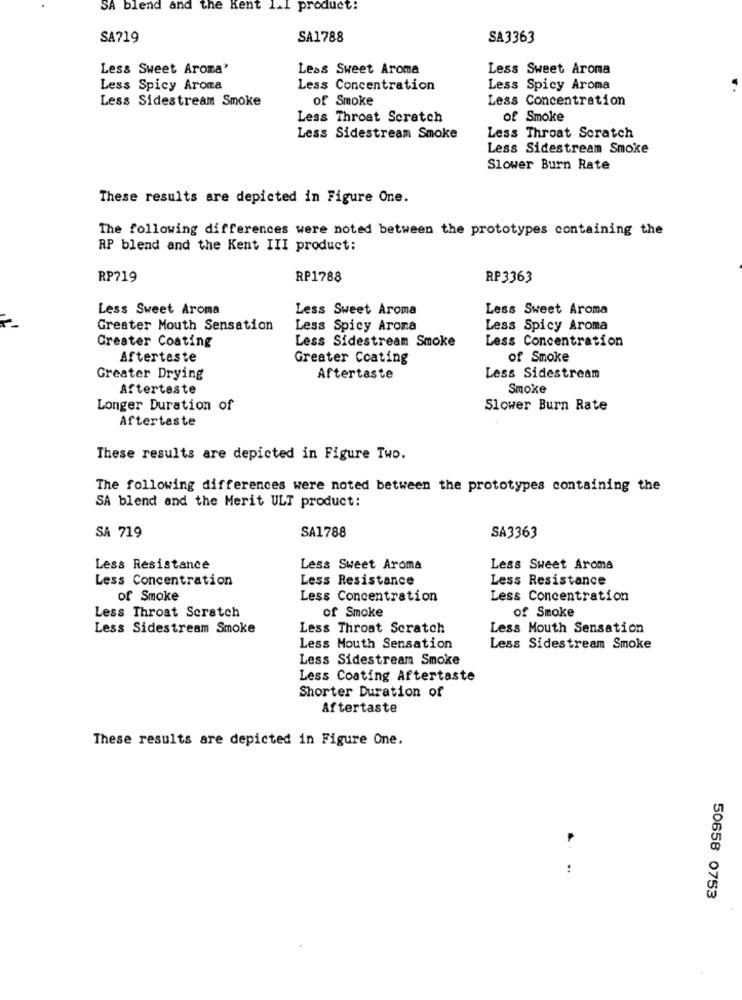
SA blend and the Kent 1.I product!
SA719
SA1788
SA 3363
Less Sweet Aroma"
Leas Sweet Aroma
Less Sweet Aroma
Less Spicy Aroma
Less Concentration
Less Spicy Aroma
Less Sidestream Smoke
of Smoke
Less Concentration
Less Throat Scratch
of Smoke
Less Sidestream Smoke
Less Throat Scratch
Less Sidestream Smoke
Slower Burn Rate
These results are depicted in Figure One.
The following differences were noted between the prototypes containing the
RP blend and the Kent III product:
RP719
RP1788
RP3363
Less Sweet Aroma
Less Sweet Aroma
Less Sweet Aroma
Greater Mouth Sensation
Less Spicy Aroma
Less Spicy Aroma
Greater Coating
Less Sidestream Smoke
Less Concentration
Aftertaste
Greater Coating
of Smoke
Greater Drying
Aftertaste
Less Sidestream
Aftertaste
Smoke
Longer Duration of
Slower Burn Rate
Aftertaste
These results are depicted in Figure Two.
The following differences were noted between the prototypes containing the
SA blend and the Merit ULT product:
SA 719
SA1788
SA 3363
Less Resistance
Less Sweet Aroma
Less Sweet Aroma
Less Concentration
Less Resistance
Less Resistance
of Smoke
Less Concentration
Less Concentration
of Smoke
Less Throat Scratch
of Smoke
Less Sidestream Smoke
Less Throat Scratch
Less Mouth Sensation
Less Mouth Sensation
Less Sidestream Smoke
Less Sidestream Smoke
Less Coating Aftertaste
Shorter Duration of
Aftertaste
These results are depicted in Figure One.
..
50658 0753